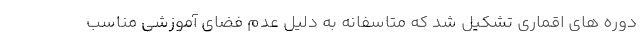
دوره های اقماری تشکیل شد که متاسفانه به دلیل عدم فضای آموزشی مناسب